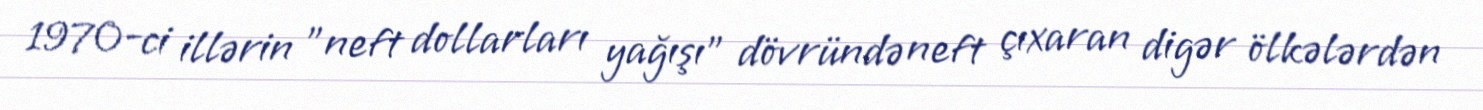
1970-ci illərin "neft dollarları yağışı" dövründə neft çıxaran digər ölkələrdən